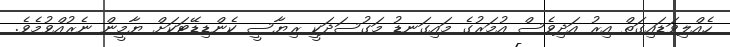
ހެއްލިވަޑައިގަތް އިރު އަދިވެސް އުމަރުގެ މައިގަނޑު މަގުސަދަކީ ރިޔާސީ ކެންޑިޑޭޓަކަށް ޔާމީން ނެރުއްވުމެވެ.